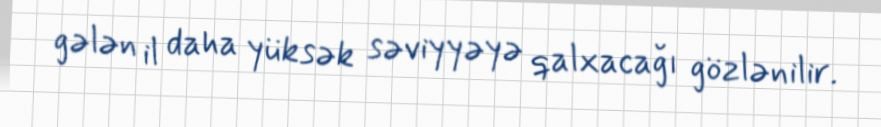
gələn il daha yüksək səviyyəyə qalxacağı gözlənilir.